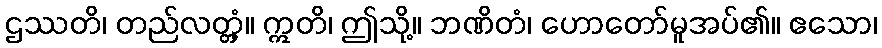
ဌဿတိ၊ တည်လတ္တံ့။ ဣတိ၊ ဤသို့။ ဘဏိတံ၊ ဟောတော်မူအပ်၏။ ဧသော၊